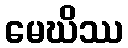
မေဃိဿ